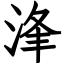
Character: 浲